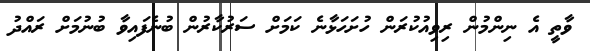
ވާތީ އެ ނިންމުން ރިވިއުކުރަން ހުށަހަޅާނެ ކަމަށް ސަރުކާރުން ބުނެފައިވާ ބުނުމަށް ރައްދު